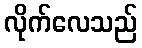
လိုက်လေသည်